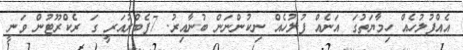
އެއްފުލުހެއް ހިމާޔަތުގަ އަނެއް ފުލުހެއް ނިކުންނަން ބުނާއިރު. 7ފެބްރުއަރީ ގަ ރެކްރޫޓުން ވަނީ